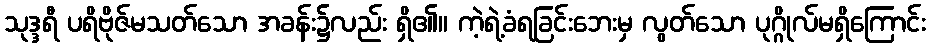
သုဒ္ဒရီ ပရိဗိုဇ်မသတ်သော အခန်း၌လည်း ရှိ၏။ ကဲ့ရဲ့ခံရခြင်းဘေးမှ လွတ်သော ပုဂ္ဂိုလ်မရှိကြောင်း